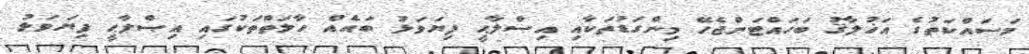
މަސައްކަތުގެ އަޚުލާޤު ބަހައްޓަންޖެހޭ މިންގަޑުތަކާއި އިޞްލާޙީ ފިޔަވަޅު ބައެއް ހާލަތްތަކުގައި އިޞްލާޙީ ފިޔަވަޅު